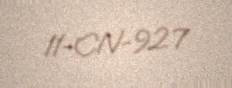
11-CN-927